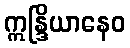
ဣန္ဒြိယာနေဝ